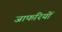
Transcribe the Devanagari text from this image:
जाफरियों